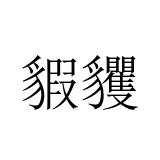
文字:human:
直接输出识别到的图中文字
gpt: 貑貜